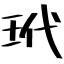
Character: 玳